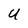
Character: U